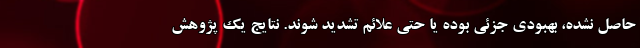
حاصل نشده، بهبودی جزئی بوده یا حتی علائم تشدید شوند. نتایج یک پژوهش